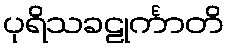
ပုရိသခဠုင်္ကာတိ